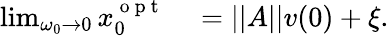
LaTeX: \begin{array}{rl}{\operatorname*{lim}_{\omega_{0}\to 0}x_{0}^{\mathrm{~o~p~t~}}}&{{}=||A||v(0)+\xi.}\end{array}